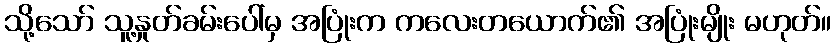
သို့သော် သူ့နှုတ်ခမ်းပေါ်မှ အပြုံးက ကလေးတယောက်၏ အပြုံးမျိုး မဟုတ်။